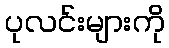
ပုလင်းများကို